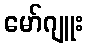
မော်ဂျူး